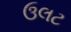
ઉલટ